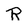
Character: R